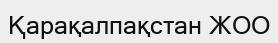
Қарақалпақстан ЖОО